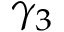
\gamma _ { 3 }